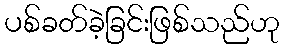
ပစ်ခတ်ခဲ့ခြင်းဖြစ်သည်ဟု